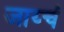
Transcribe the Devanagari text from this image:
जाय्चं